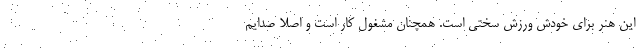
این هنر برای خودش ورزش سختی است. همچنان مشغول کار است و اصلا صدایم